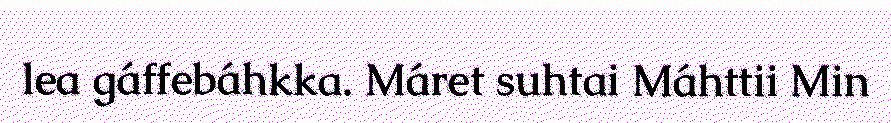
lea gáffebáhkka. Máret suhtai Máhttii Min